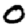
Digit: 0